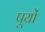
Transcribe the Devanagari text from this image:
पूयों